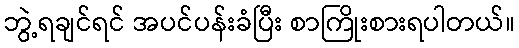
ဘွဲ့ရချင်ရင် အပင်ပန်းခံပြီး စာကြိုးစားရပါတယ်။